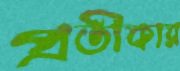
প্রতীকার